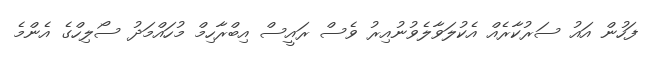
ފަހުން އައު ސަރުކާރެއް އެކުލަވާލެވުނުއިރު ވެސް ރައީސް އިބްރާހިމް މުހައްމަދު ސޯލިހްގެ އެންމެ